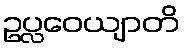
ဥပ္လဝေယျာတိ